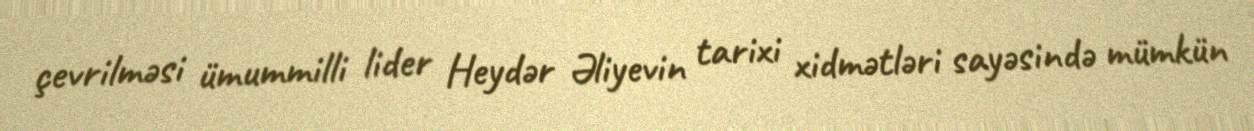
çevrilməsi ümummilli lider Heydər Əliyevin tarixi xidmətləri sayəsində mümkün